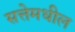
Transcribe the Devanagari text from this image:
सत्तेमधील